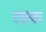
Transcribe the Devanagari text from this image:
रसक